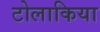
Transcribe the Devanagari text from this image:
टोलाकिया